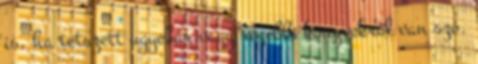
is, ha tetszett ugyebár vagy régebbi könyvekről van szó.